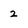
Character: 2